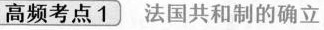
高频考点1 法国共和制的确立